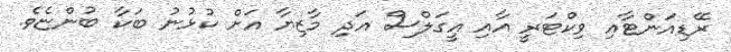
ރޭޑިއަންޓާއި ވިކްޓަރީ އާއި އީގަލްސް އަދި މާޒިޔާ އަށް ކުޅުނު ބަކާ ބުންޏެވެ.